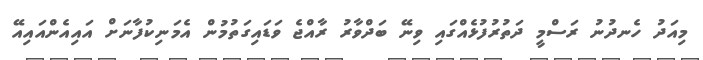
މިއަދު ހެނދުނު ރަސްމީ ދަތުރުފުޅެއްގައި ވިނޭ ބަދްވާރު ރާއްޖެ ވަޑައިގަތުމުން އެމަނިކުފާނަށް އައިއެންއައިއޭ